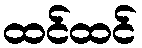
ထင်ထင်